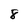
Character: 8